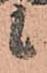
候